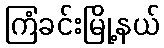
ကြံခင်းမြို့နယ်